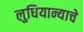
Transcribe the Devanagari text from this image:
लुधियान्याचे